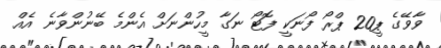
ވާވޭގެ ޕީ20 ޕްރޯ ފޯނަކީ ފޮޓޯ ނަގާ މީހުންނަށް އެންމެ ބޭނުންވާނެ އެއް